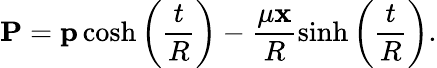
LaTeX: {\mathbf P}={\mathbf p}\cosh\left(\frac{t}{R}\right)-\frac{\mu{\mathbf x}}{R}\sinh\left(\frac{t}{R}\right).